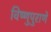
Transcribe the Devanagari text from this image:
विष्णुपुराणे